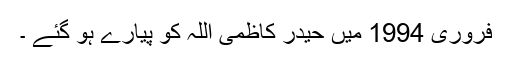
فروری 1994 میں حیدر کاظمی اللہ کو پیارے ہو گئے ۔